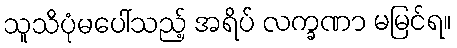
သူသိပုံမပေါ်သည့် အရိပ် လက္ခဏာ မမြင်ရ။